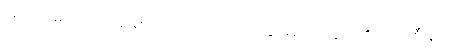
ပရိယောဓာယ၊ သင့်သောအကြေင်းကို ထည့်သွင်း၍။ အတ္ထံ၊ ငါ၏အကျိုးစီးပွားကို။